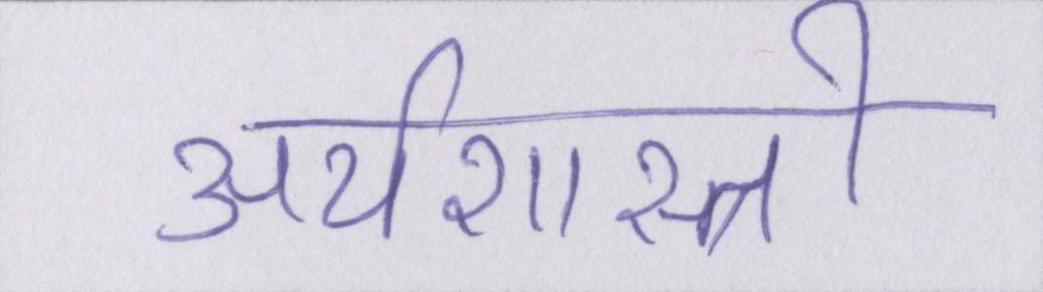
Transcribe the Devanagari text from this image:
अर्थशास्त्री